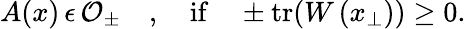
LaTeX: A(x)\, \epsilon\, {\cal O}_{\pm}\quad,\quad\mathrm{if}\quad\pm\mathrm{tr}(W\left(x_{\perp}\right))\ge 0.